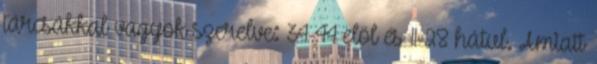
tárcsákkal vagyok szerelve: 34-44 elöl és 11-28 hátul. Amiatt